French assistants in Scottish schools and training centres, 1928
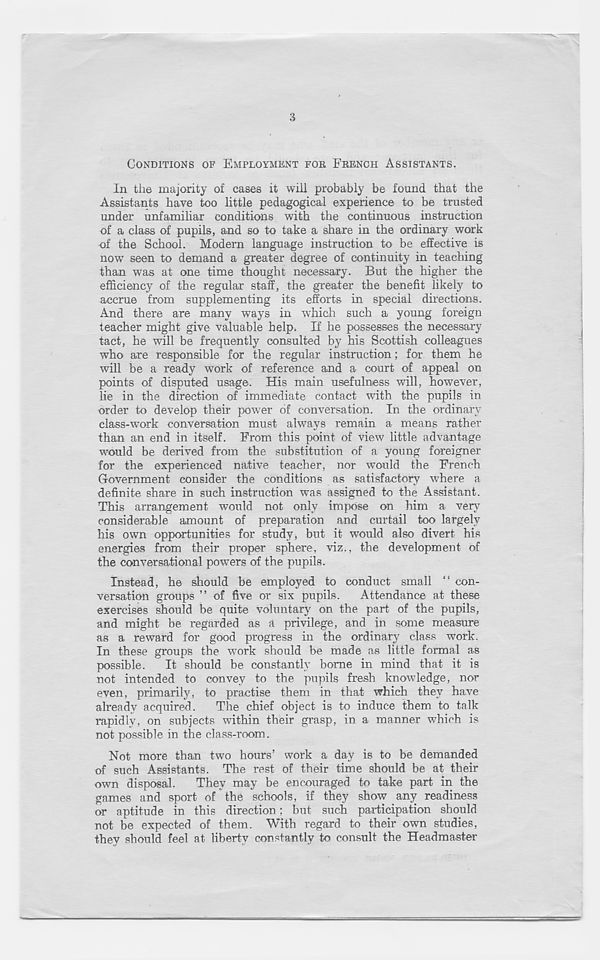
3
CONDITIONS OF EMPLOYMENT FOE FEENCH ASSISTANTS.
In the majority of cases it will probably be found that the
Assistants have too little pedagogical experience to be trusted
under unfamihar conditions with the continuous instruction
of a class of pupils, and so to take a share in the ordinary work
of the School. Modern language instruction to be effective is
now T seen to demand a greater degree of continuity in teaching
than was at one time thought necessary. But the higher the
efficiency of the regular staff, the greater the benefit likely to
accrue from supplementing its efforts in special directions.
And there are many ways in which such a young foreign
teacher might give valuable help. If he possesses the necessary
tact, he will be frequently consulted by his Scottish colleagues
who are responsible for the regular instruction; for them he
will be a ready work of reference and a court of appeal on
points of disputed usage. His main usefulness will, however,
lie in the direction of immediate contact with the pupils in
order to develop their power of conversation. In the ordinary
class-work conversation must always remain a means rather
than an end in itself. From this point of view little advantage
would be derived from the substitution of a young foreigner
for the experienced native teacher, nor would the French
Government consider the conditions as satisfactory -where a
definite share in such instruction was assigned to the Assistant.
This arrangement would not only impose on him a very
considerable amount of preparation and curtail too largely
his own opportunities for study, but it would also divert his
energies from their proper sphere, viz., the development of
the conversational powers of the pupils.
Instead, he should be employed to conduct small “ con-
versation groups ” of five or six pupils.
Attendance at these
exercises should be quite voluntary on the part of the pupils,
and might be regarded as a privilege, and in some measure
as a reward for good progress in the ordinary class work.
In these groups the work should be made as little formal as
possible. It should be constantly borne in mind that it is
not intended to convey to the pupils fresh knowledge, nor
even, primarily, to practise them in that which they have
already acquired. The chief object is to induce them to talk
rapidly, on subjects within their grasp, in a manner winch is
not possible in the class-room.
Not more than two hours’ work a day is to be demanded
of such Assistants. The rest of their time should be at their
own disposal.
They may be encouraged to take part in the
games and sport of the schools, if they show any readiness
or aptitude in this direction; but such participation should
not be expected of them. With regard to their own studies,
they should feel at liberty constantly to consult the Headmaster